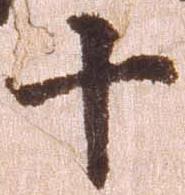
十